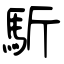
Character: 馸